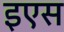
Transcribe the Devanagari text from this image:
इएस